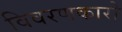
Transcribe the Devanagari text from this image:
विवरणकारो